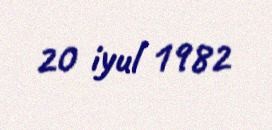
20 iyul 1982